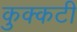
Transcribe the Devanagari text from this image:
कुक्कटी